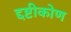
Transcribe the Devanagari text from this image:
द्दष्टीकोण